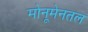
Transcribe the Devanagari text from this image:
मोनूमेनतल